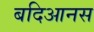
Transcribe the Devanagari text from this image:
बदिआनस